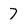
Character: 7